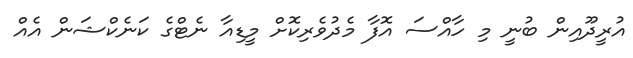
އުރީދޫއިން ބުނީ މި ހާއްސަ އޮފާ މެދުވެރިކޮށް މީޑިއާ ނެޓްގެ ކަނެކްޝަން އެއް